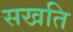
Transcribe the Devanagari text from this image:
सखति